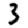
Digit: 3